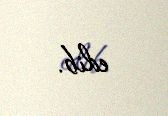
edib.